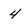
Character: 4